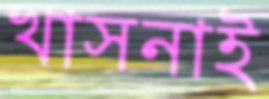
খাসনাই